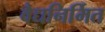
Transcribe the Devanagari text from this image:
वैद्यनिर्मित